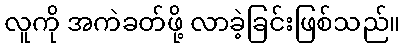
လူကို အကဲခတ်ဖို့ လာခဲ့ခြင်းဖြစ်သည်။